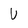
Character: U